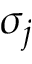
\sigma _ { j }